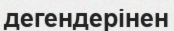
дегендерінен